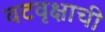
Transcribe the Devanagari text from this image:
वटवृक्षाची